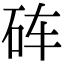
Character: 砗